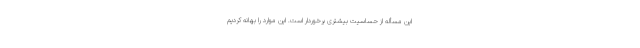
این مسأله از حساسیت بیشتری برخوردار است. این موارد را بهانه کردیم